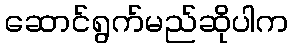
ဆောင်ရွက်မည်ဆိုပါက